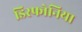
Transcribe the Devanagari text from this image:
डिस्फोनिया